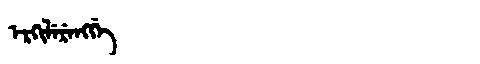
Manchu: ᡝᡵᡴᡳᠯᡝᡵᡝᠩᡤᡝ
Romanization: ERKILERENGGE